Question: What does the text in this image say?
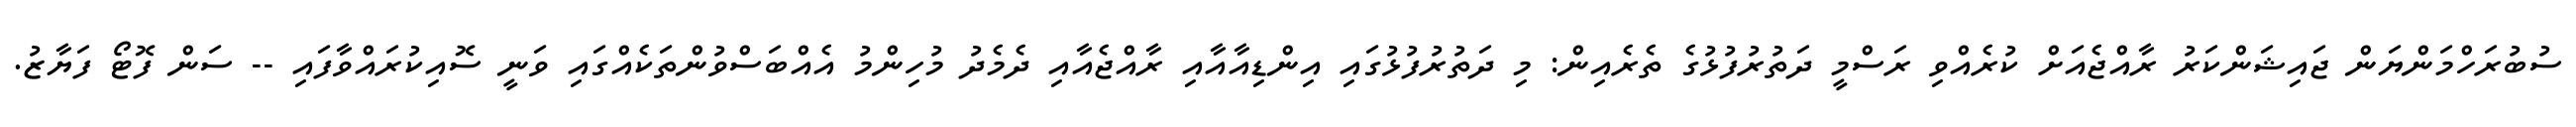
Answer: ސުބުރަހްމަންޔަން ޖައިޝަންކަރު ރާއްޖެއަށް ކުރެއްވި ރަސްމީ ދަތުރުފުޅުގެ ތެރެއިން: މި ދަތުރުފުޅުގައި އިންޑިއާއާއި ރާއްޖެއާއި ދެމެދު މުހިންމު އެއްބަސްވުންތަކެއްގައި ވަނީ ސޮއިކުރައްވާފައި -- ސަން ފޮޓޯ ފަޔާޒު.